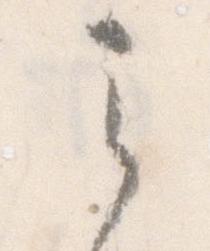
之